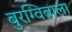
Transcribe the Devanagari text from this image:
बुरग्विबाला